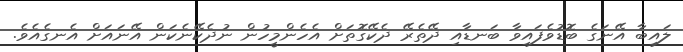
ލައިބާ އޭނަގެ ބޮޑުވެފައިވާ ބަނޑާއި ދޭތެރޭ ދެކޭގޮތަށް އެހެންމީހުން ނުދެކޭނެކަން އޭނައަށް އެނގެއެވެ.